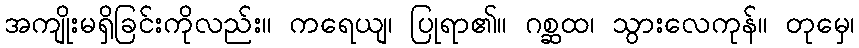
အကျိုးမရှိခြင်းကိုလည်း။ ကရေယျ၊ ပြုရာ၏။ ဂစ္ဆထ၊ သွားလေကုန်။ တုမှေ၊